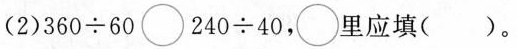
(2) $$3 6 0 \div 6 0 \circ 2 4 0 \div 4 0$$，\circ 里应填( )。